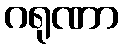
ဂရုဏာ